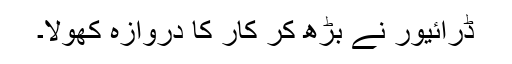
ڈرائیور نے بڑھ کر کار کا دروازہ کھولا۔